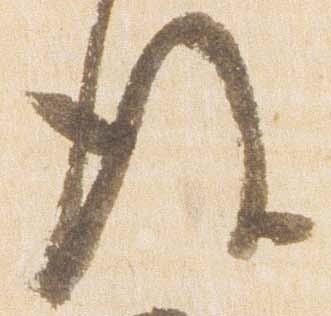
後